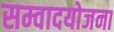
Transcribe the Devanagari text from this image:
सम्वादयोजना